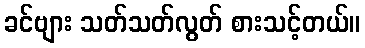
ခင်ဗျား သတ်သတ်လွတ် စားသင့်တယ်။